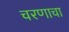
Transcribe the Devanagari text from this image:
चरणाचा